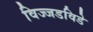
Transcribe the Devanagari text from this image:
विज्जडविडे